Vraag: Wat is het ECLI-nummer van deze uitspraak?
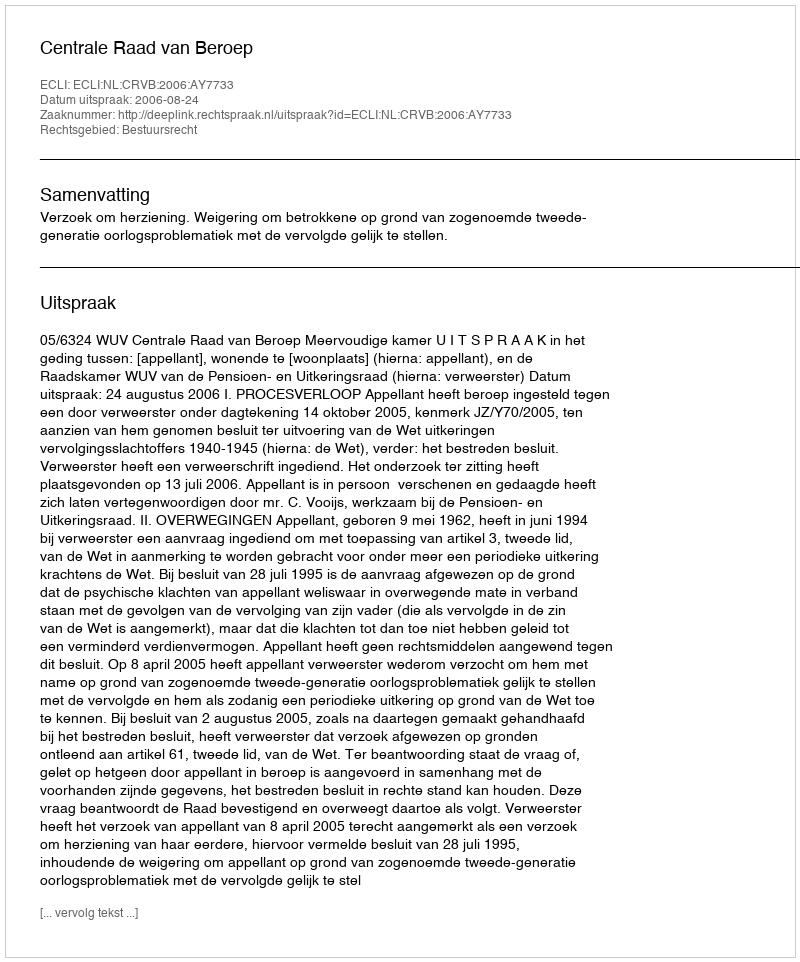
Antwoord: ECLI:NL:CRVB:2006:AY7733